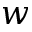
w